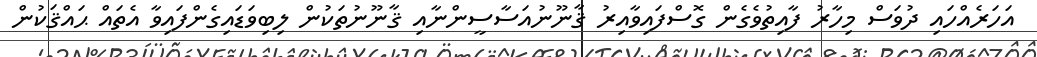
އަހަރެއްހައި ދުވަސް މިހާރު ފާއިތުވެގެން ގޮސްފައިވާއިރު ޤާނޫނުއަސާސީންނާއި ޤާނޫނުތަކުން ލިބިވަޑައިގެންފައިވާ އެތައް ޙައްޤަކުން